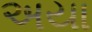
અયા